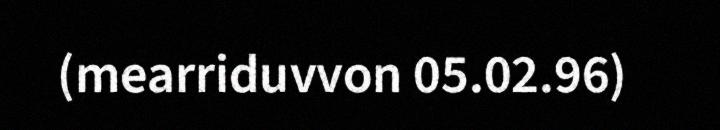
(mearriduvvon 05.02.96)